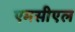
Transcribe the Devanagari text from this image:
एमसीएल